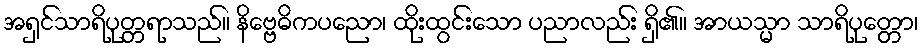
အရှင်သာရိပုတ္တရာသည်။ နိဗ္ဗေဓိကပညော၊ ထိုးထွင်းသော ပညာလည်း ရှိ၏။ အာယသ္မာ သာရိပုတ္တော၊